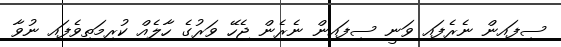
ސިފައިން ނެރެފައި ވަނީ ސިފައިން ނެރެން ޖެހޭ ވަރުގެ ހާލެއް ކުރިމަތިވެފައި ނުވާ